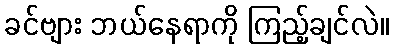
ခင်ဗျား ဘယ်နေရာကို ကြည့်ချင်လဲ။